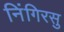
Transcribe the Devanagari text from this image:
निंगिरसु